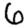
Digit: 6